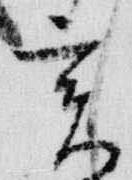
亥